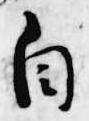
自